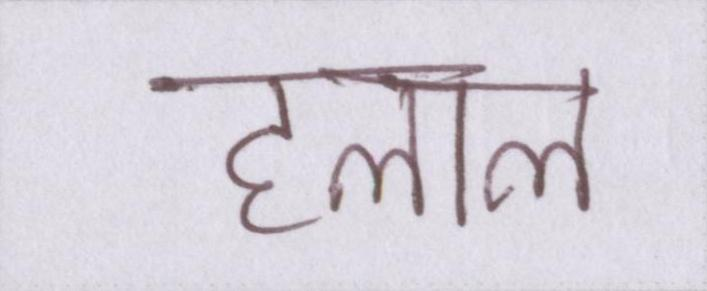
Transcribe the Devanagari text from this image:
हलाल